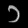
Digit: ၁